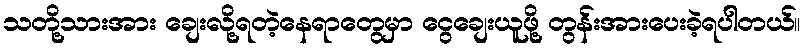
သတို့သားအား ချေးလို့ရတဲ့နေရာတွေမှာ ငွေချေးယူဖို့ တွန်းအားပေးခဲ့ရပါတယ်။